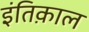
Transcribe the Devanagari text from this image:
इंतिक़ाल